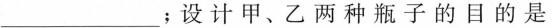
___；设计甲、乙两种瓶子的目的是